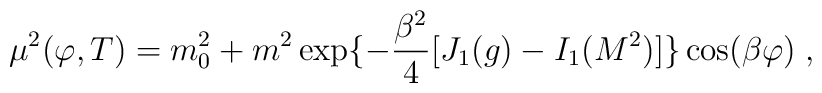
\mu^2(\varphi,T)= m_0^2+m^2 \exp\{-{\frac {\beta^2}{4}}         [J_{1}(g)-I_1(M^2)]\}\cos(\beta\varphi) \; ,